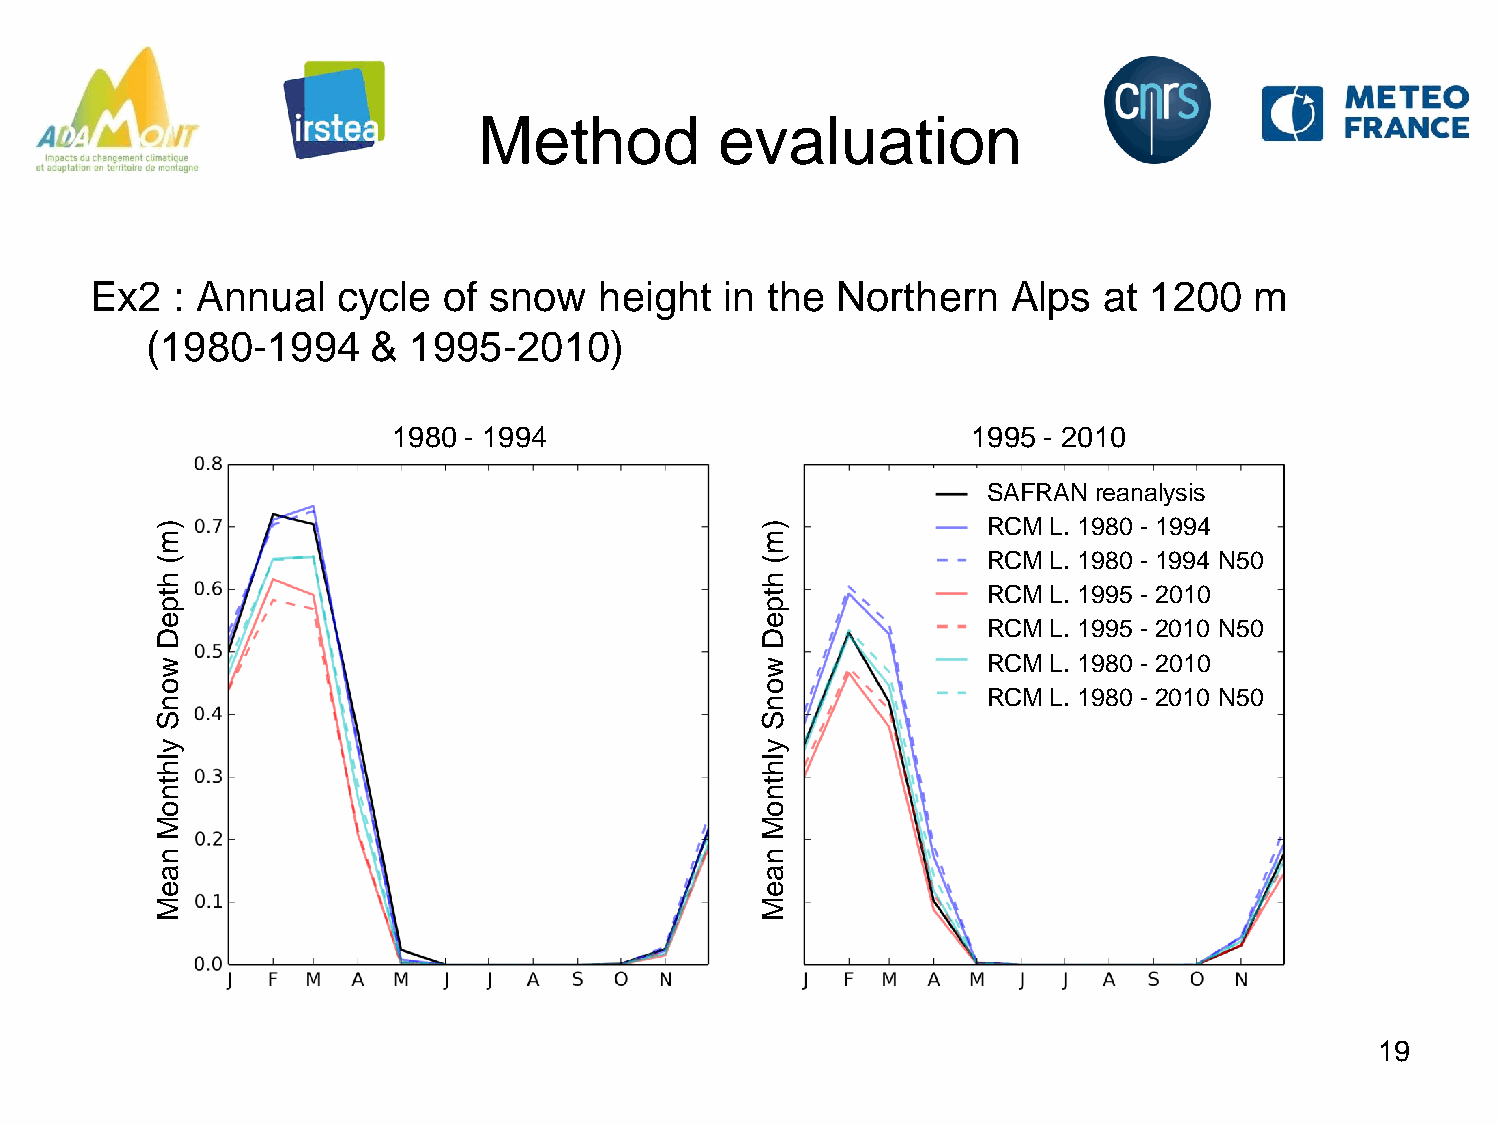
Method          evaluation
 Ex2  : Annual   cycle  of snow    height  in the Northern    Alps  at 1200   m
 (1980-1994     & 1995-2010)
 1980 - 1994                           1995 - 2010
 SAFRAN reanalysis
 )                                       )              RCM  L. 1980 - 1994
 m                                       m
 (                                       (              RCM  L. 1980 - 1994 N50
 h                                       h
 t                                       t              RCM  L. 1995 - 2010
 p                                       p
 e                                       e              RCM  L. 1995 - 2010 N50
 D                                       D
 w                                       w              RCM  L. 1980 - 2010
 o                                       o
 RCM  L. 1980 - 2010 N50
 n                                       n
 S                                       S
 y                                       y
 l                                       l
 h                                       h
 t                                       t
 n                                       n
 o                                       o
 M                                       M
 n                                       n
 a                                       a
 e                                       e
 M                                       M
 19